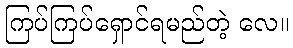
ကြပ်ကြပ်ရှောင်ရမည်တဲ့ လေ။